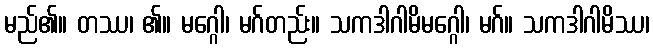
မည်၏။ တဿ၊ ၏။ မဂ္ဂေါ၊ မဂ်တည်း။ သကဒါဂါမိမဂ္ဂေါ၊ မဂ်။ သကဒါဂါမိဿ၊